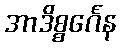
အာဒိစ္စင်္ဂေန